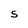
Character: S